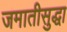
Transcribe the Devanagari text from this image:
जमातीसुद्धा